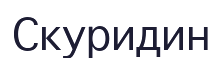
Скуридин